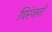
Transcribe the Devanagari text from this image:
विरंजनों